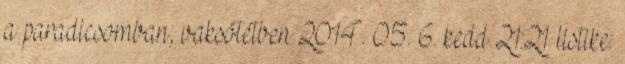
a paradicsomban, vaksötétben 2014. 05. 6. kedd 21:21 listike: